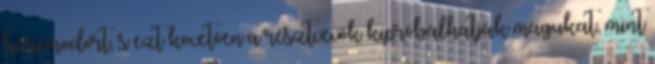
harcmodort, s ezt követően a résztvevők kipróbálhatják magukat, mint